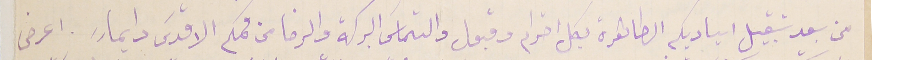
من بعد تقبيل اياديكم الطاهرة بكل احترام وقبول والتماسَ البركة والرضا من فمكم الاقدسَ دايما ً. اعرض